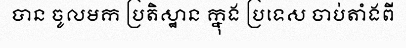
បាន ចូលមក ប្រតិស្ឋាន ក្នុង ប្រទេស ចាប់តាំងពី